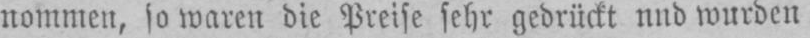
nommen, so waren die Preise sehr gedrückt und wurden